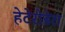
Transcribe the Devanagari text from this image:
हेटेरोडेरा